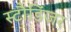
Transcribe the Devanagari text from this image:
स्टौडिंजर